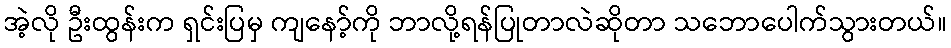
အဲ့လို ဦးထွန်းက ရှင်းပြမှ ကျနော့်ကို ဘာလို့ရန်ပြုတာလဲဆိုတာ သဘောပေါက်သွားတယ်။